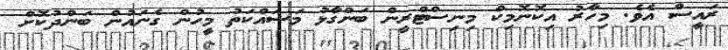
ރައީސް އެވެ. މިހާރު އިކޮނޮމިކް މިނިސްޓްރީން ބަންގާޅު މަސައްކަތު މީހުން ގެނައުން ބަންދުކޮށް